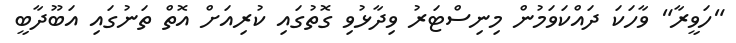
"ހަވީރާ" ވާހަކަ ދައްކަވަމުން މިނިސްޓަރު ވިދާޅުވި ގޮތުގައި ކުރިއަށް އޮތް ތަނުގައި އަބޫދާބީ